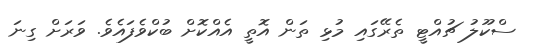
ސްކޫލު ޗުއްޓީ ތެރޭގައި މުޅި ތަން އޮތީ އެއްކޮށް ބުކްވެފައެވެ. ވަރަށް ގިނަ